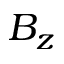
B _ { z }